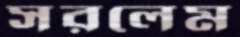
সরলেম